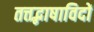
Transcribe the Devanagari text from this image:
तत्तद्भाषाविदों